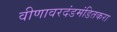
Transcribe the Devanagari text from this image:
वीणावरदंडमंडितकरा